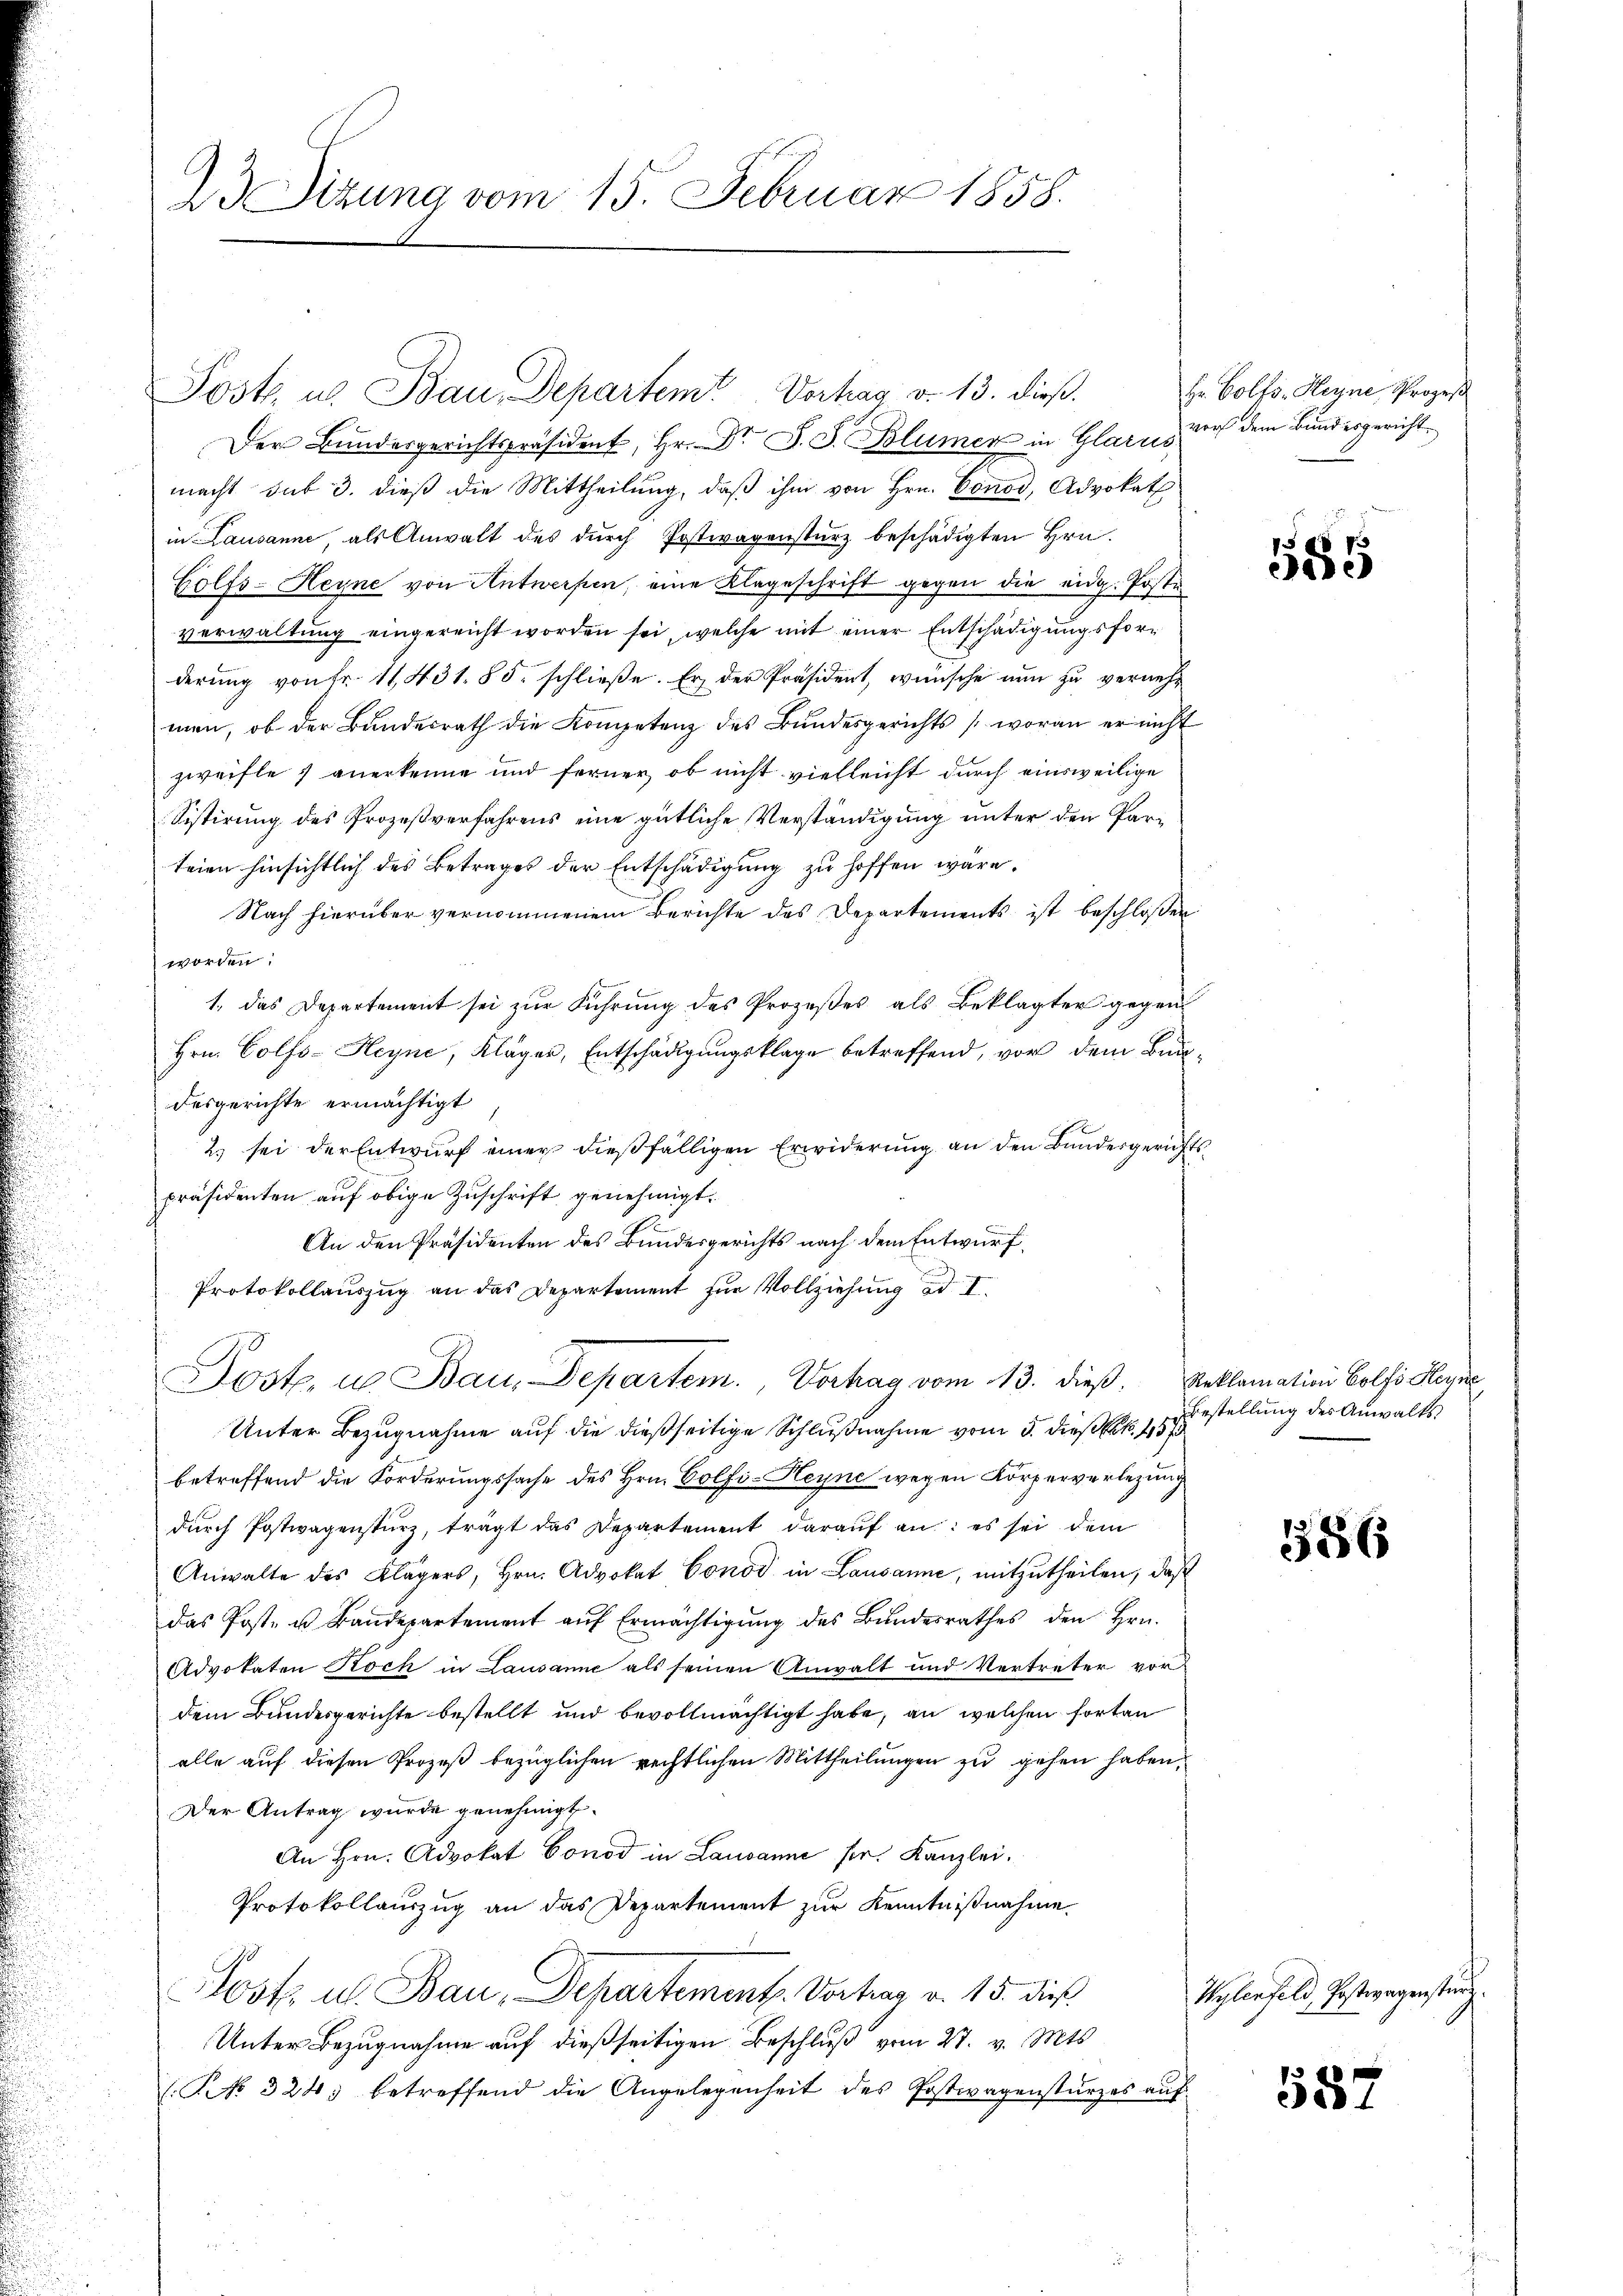
23 Sizung vom 15. Februar 1858.

Der Bundesgerichtspräsident, Hr. Dr. J. J. Blümer in Glarus,
macht sub 3. dieß die Mittheilung, daß ihm von Hrn. Conod, Advokat
in Lausanne, als Anwalt des dŭrch Postwagensturz beschädigten Hrn.
Golfs-Heyne von Antwerfen, eine Klageschrift gegen die eidg. Poste
verwaltung eingereicht worden sei, welche mit einer Entschädigungsforderŭng von fr. 11431. 85. schließe. Er der Präsident, wünsche nun zu vernehmen, ob der Bundesrath die Kompetenz des Bundesgerichts woran er nicht
zweifle 7 anerkenne und ferner, ob nicht vielleicht durch einsweilige
Sistirung des Prozeßverfahrens eine gütliche Verständigung unter den Parteien hinsichtlich des Betrages der Entschädigung zu hoffen wäre.
Nach hierüber vernommenem Berichte des Departements ist beschlossen
worden.
1. das Departement sei zŭr Führŭng des Prozeβes als Beklagter gegen
Hrn. Colfs-Heyne, Kläger, Entschädigungsklage betreffend, vor dem Bundesgerichte ermächtigt
2. sei der Entwurf einer dießfälligen Erwiderung an den Bundesgerichts
präsidenten auf obige Zuschrift genehmigt.
An den Präsidenten des Bundesgerichts nach dem Entwurf,
Protokollauszug an das Departement für Vollziehung ad I.
Post. u. Bau-Departem Vorhag vom 13. dieß. Reklamation Bolfs Hegne
Unter Bezugnahme auf die dießseitige Schlußnahme vom 3. dieß lit. 457
betreffend die Forderungssache des Hrn. Golfi-Heyne wegen Körperverlegung
dŭrch Postwagensturz, trägt das Departement daraŭf an: es sei dem
Anwalte des Klägers, Hrn. Advokat Conod in Lausanne, mitzutheilen, daß
das Post- u. Bandepartement auf Ermächtigung des Bundesrathes den Hrn.
Advokaten Koch in Lausanne als seinen Anwalt und Vertreter vor
dem Bundesgerichte bestellt und bevollmächtigt habe, an welchen fortan
alle auf diesen Prozeß bezüglichen rechtlichen Mittheilungen zu gehen haben,
Der Antrag wurde genehmigt.
An Hrn. Advokat Conod in Lausanne fr. Kanzlei.
Protokollauszug an das Departement zur Kenntnißnahme
Post u. Bau, Departement. Vortrag v. 15. dieß
Unter Bezugnahme auf dießseitigen Beschluß vom 27. v. Mts.
(Kk. 324 betreffend die Angelegenheit des Postwagenstürzes aŭf-

Post u. Bau, Departem Vorhag v. 13. dieß.

Hr. Polfs-Heyne Prozeß
vor dem Bundesgericht

585

bestellung des Anwalts

586

Wylenfeld, Postwagenstin

587